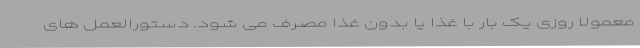
معمولاً روزی یک بار با غذا یا بدون غذا مصرف می شود. دستورالعمل های